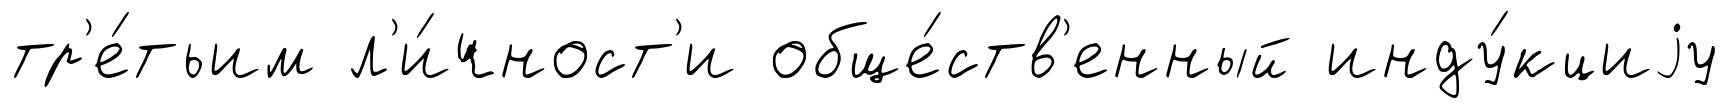
тр'е́тьим л'и́чност'и обще́ств'енный инду́кциjу